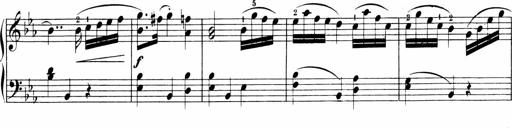
Title: Sonatinen Op.47, 98 und 136, nebst 6 Liedersonatinen
Composer: Carl Reinecke